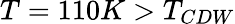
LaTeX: T=110K>T_{CDW}